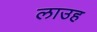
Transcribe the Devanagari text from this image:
लाउह